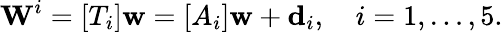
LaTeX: \mathbf{W}^{i}=[T_{i}]\mathbf{w}=[A_{i}]\mathbf{w}+\mathbf{d}_{i},\quad i=1,\ldots,5.